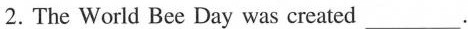
2. The World Bee Day was created ___.